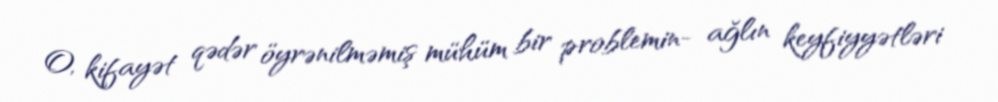
O, kifayət qədər öyrənilməmiş mühüm bir problemin- ağlın keyfiyyətləri